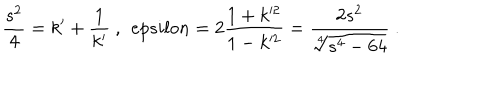
LaTeX: \frac { s ^ { 2 } } { 4 } = k ^ { \prime } + \frac { 1 } { k ^ { \prime } } \ , \ \, e p s i l o n = 2 \frac { 1 + k ^ { 2 } } { 1 - k ^ { 2 } } = \frac { 2 s ^ { 2 } } { \sqrt [ [object Object] ] ] { s ^ { 4 } - 6 4 } } \ .